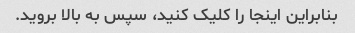
بنابراین اینجا را کلیک کنید، سپس به بالا بروید.